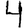
Digit: 4